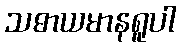
သဓာယမာနရူပါ